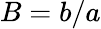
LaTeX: B=b/a